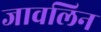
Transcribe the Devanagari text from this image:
जावलिन